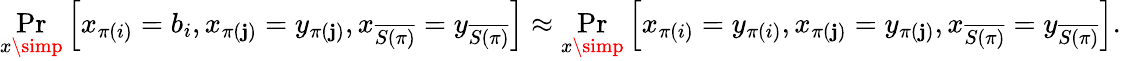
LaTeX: \operatorname*{Pr}_{x\simp}\left[x_{\pi(i)}=b_{i},x_{\pi(\mathbf{j})}=y_{\pi(\mathbf{j})},x_{\overline{{{S(\pi)}}}}=y_{\overline{{{S(\pi)}}}}\right]\approx\operatorname*{Pr}_{x\simp}\left[x_{\pi(i)}=y_{\pi(i)},x_{\pi(\mathbf{j})}=y_{\pi(\mathbf{j})},x_{\overline{{{S(\pi)}}}}=y_{\overline{{{S(\pi)}}}}\right].